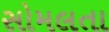
સોમલતા